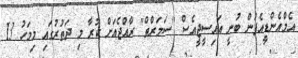
އެމްއެންޑީއެފުން ބުނީ އައިސީޖީއެސް "ސަމަރްތް" ރާއްޖެއަށް ކުރާ މި ދަތުރުގައި މިމަހު 13